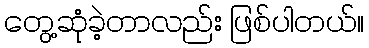
တွေ့ဆုံခဲ့တာလည်း ဖြစ်ပါတယ်။